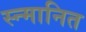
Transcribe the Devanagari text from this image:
स्न्मानित